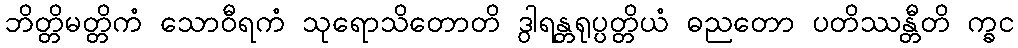
ဘိတ္တိမတ္တိကံ သောဝီရကံ သုရောသိတောတိ ဒွါရန္တရုပ္ပတ္တိယံ ဓညတော ပတိဿန္တီတိ က္ခင